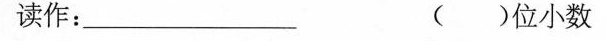
读作：___()位小数